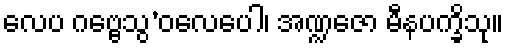
လေပ ဂဗ္ဗေသွ’ဝလေပေါ၊ အဏ္ဍဇော မီနပက္ခိသု။